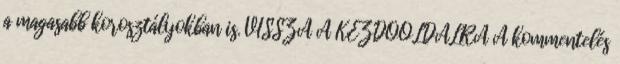
a magasabb korosztályokban is. VISSZA A KEZDŐOLDALRA A kommentelés